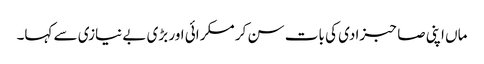
ماں اپنی صاحبزادی کی بات سن کر مسکرائی اور بڑی بے نیازی سے کہا۔